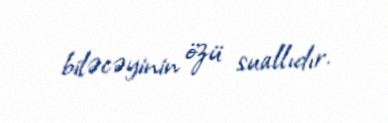
biləcəyinin özü suallıdır.